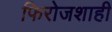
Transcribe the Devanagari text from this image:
फिरोजशाही